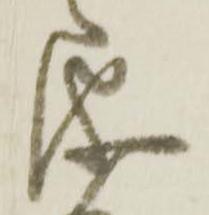
儀